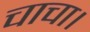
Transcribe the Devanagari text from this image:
चाचा।